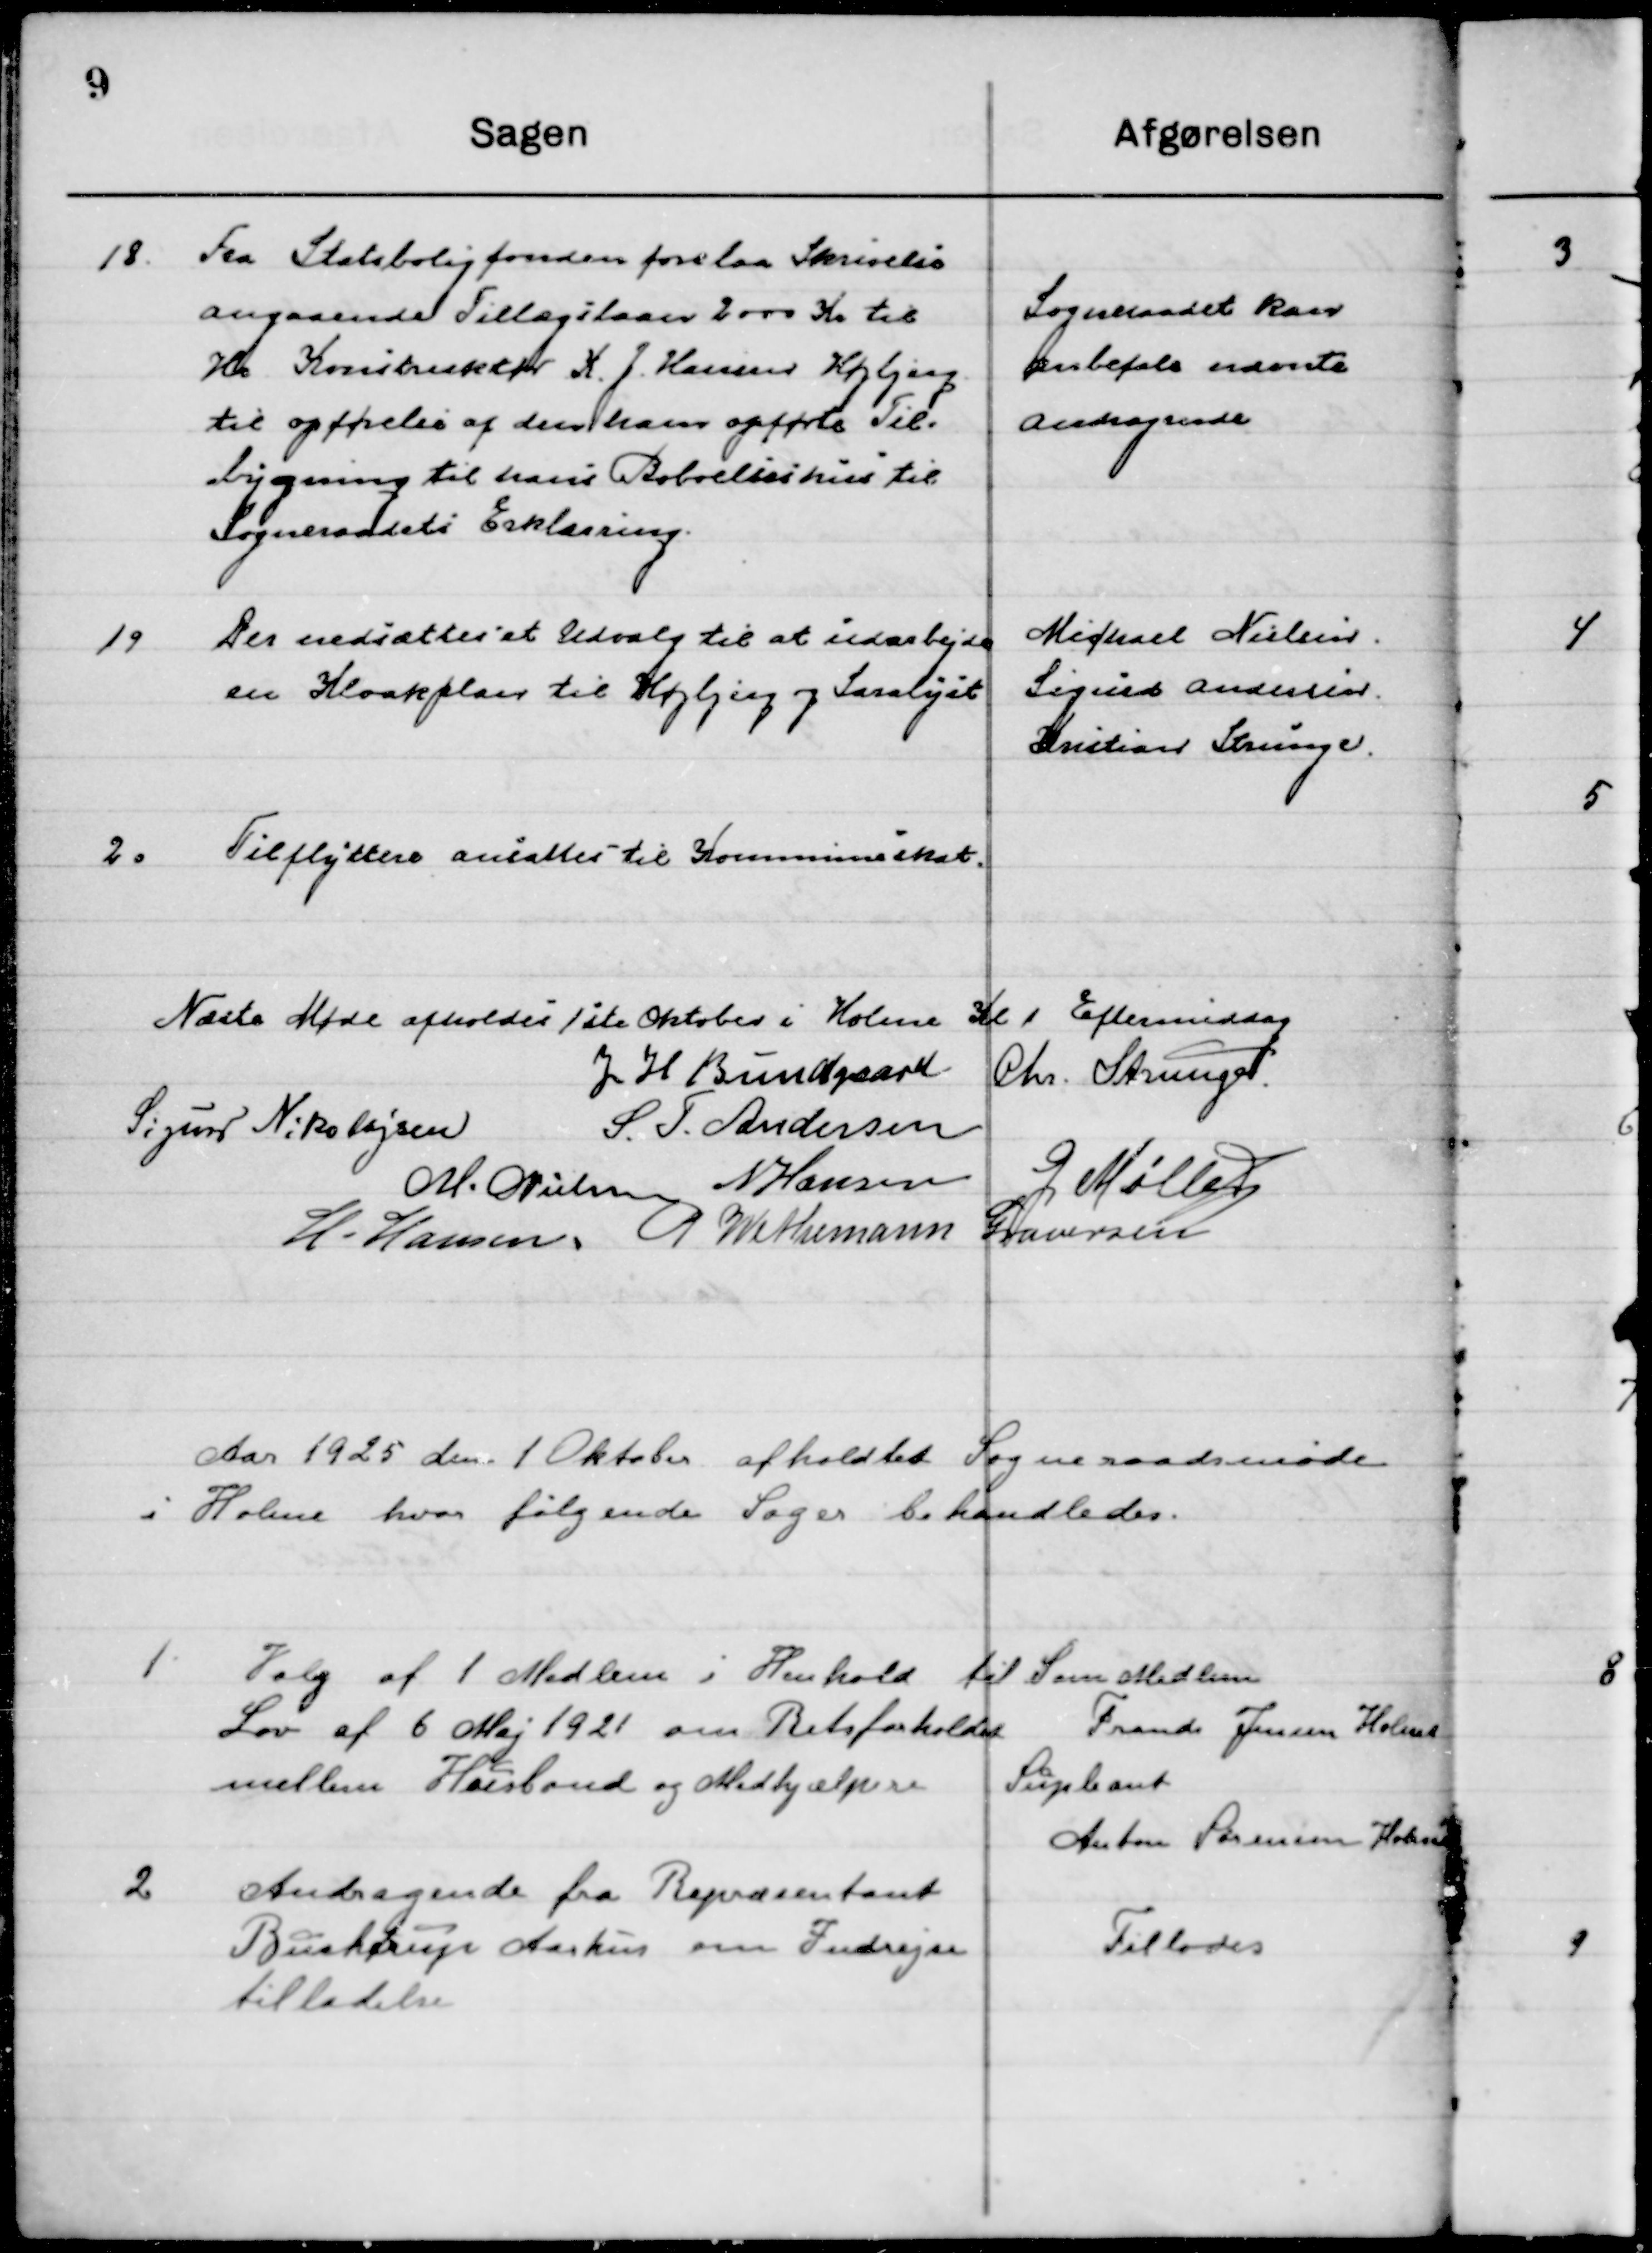
Transskription:
18

Fra Statsboligfonden forelaa Skrivelse
Angaaende Tillægslaan 2000 Kr. til
Hr. Konstruktør K. J. Hansen Højbjerg
til opførelse af den ham opførte Til-
bygning til hans Beboelseshus til 
Sogneraadets Erklæring.

Sogneraadet kan
Anbefale nævnte
Andragende

19

Der nedsættes et Udvalg til at udarbejde
En Kloakplan til Højbjerg og Saralyst

Michael Nielsen
Sigurd Andersen
Kristian Strunge

20

Tilflyttere ansættes til Kommuneskat

Næste Møde afholdes 1ste Oktober i Holme Kl. 1 Eftermiddag.

J. H. Bundgaard
Chr. Strunge
Sigurd Nikolajsen
S. F. Andersen
M. Nielsen
N. Hansen
G. Møller 
H. Hansen
P. Wethemann Graversen.

Aaret 1925 den 1 Oktober afholdtes Sogneraadsmøde 
i Holme hvor følgende Sager behandledes.

1

Valg af 1 Medlem i Henhold til
Lov af 6 Maj 1921 om Retsforholdet
Mellem Husbond og Medhjælper

Som Medlem
Frands Jensen Holme
Suppleant
Anton Sørensen Holme

2

Andragende fra Repræsentant
Buchtrup Aarhus om Indrejse-
tilladelse

Tillodes